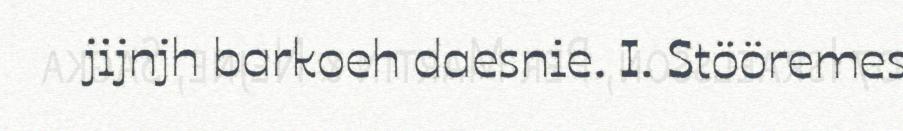
jijnjh barkoeh daesnie. I. Stööremes